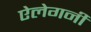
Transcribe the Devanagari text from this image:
ऐलेगनी